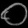
Digit: ၀